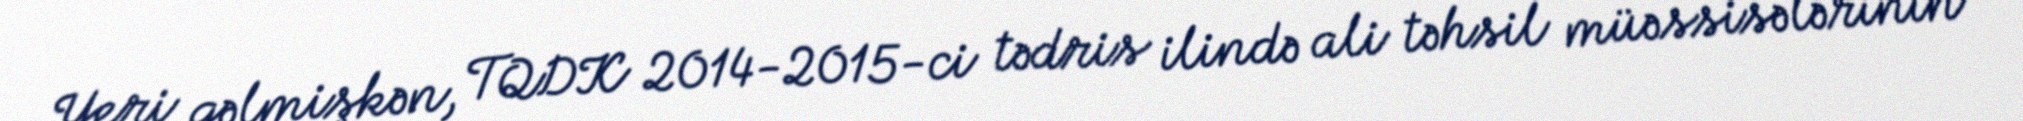
Yeri gəlmişkən, TQDK 2014-2015-ci tədris ilində ali təhsil müəssisələrinin